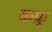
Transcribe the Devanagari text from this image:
कफ्रू